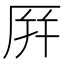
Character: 𪠆